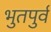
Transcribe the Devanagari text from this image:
भुतपुर्व